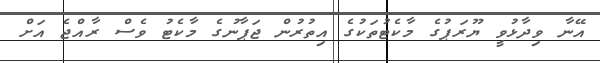
އޭނާ ވިދާޅުވީ ޔޫރަޕުގެ މާކެޓުތަކުގެ އިތުރުން ޖަޕާނުގެ މާކެޓު ވެސް ރާއްޖެ އަށް